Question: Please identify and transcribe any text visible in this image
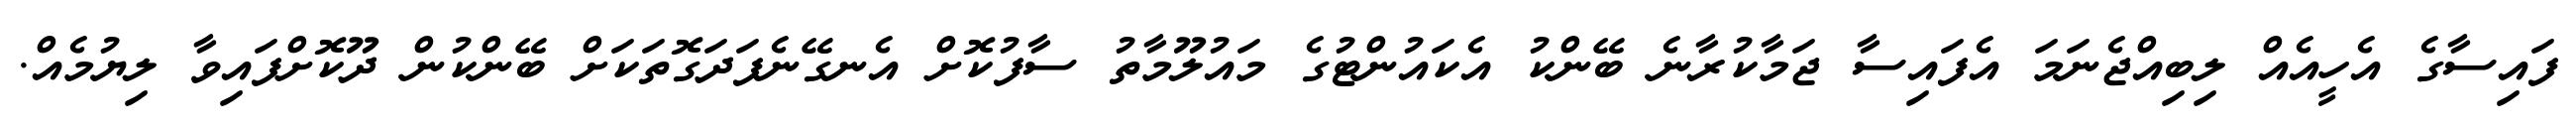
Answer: ފައިސާގެ އެހީއެއް ލިބިއްޖެނަމަ އެފައިސާ ޖަމާކުރާނެ ބޭންކު އެކައުންޓުގެ މައުލޫމާތު ސާފުކޮށް އެނގޭނެފަދަގޮތަކަށް ބޭންކުން ދޫކޮށްފައިވާ ލިޔުމެއް.